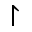
\upharpoonright